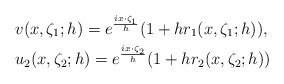
\begin{align*}\begin{aligned}&v(x,\zeta_{1};h)=e^\frac{i x\cdot\zeta_{1}}{h}(1+h r_{1}(x,\zeta_{1};h)),\\&u_{2}(x,\zeta_{2};h)=e^\frac{i x\cdot\zeta_{2}}{h}(1+h r_{2}(x,\zeta_{2};h))\end{aligned}\end{align*}